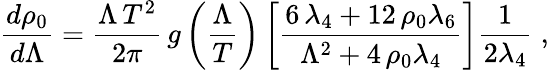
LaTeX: \frac{d\rho_{0}}{d\Lambda}=\frac{\Lambda\, T^{2}}{2\pi}\, g\left(\frac{\Lambda}{T}\right)\left[{\frac{6\, \lambda_{{4}}+12\, \rho_{{0}}\lambda_{{6}}}{{\Lambda}^{2}+4\, \rho_{{0}}\lambda_{{4}}}}\right]\frac{1}{2\lambda_{4}}\; ,